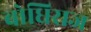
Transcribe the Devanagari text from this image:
बोधिराज